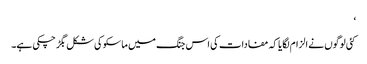
‘
کئی لوگوں نے الزام لگایا کہ مفادات کی اس جنگ میں ماسکو کی شکل بگڑ چکی ہے۔